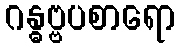
ဂန္ဓဗ္ဗပစာရော